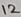
Text: 12